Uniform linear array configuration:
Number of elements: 16
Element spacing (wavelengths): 1
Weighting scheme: binomial
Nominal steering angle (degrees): -15
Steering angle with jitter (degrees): -15.591
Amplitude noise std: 0.05
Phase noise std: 0.05

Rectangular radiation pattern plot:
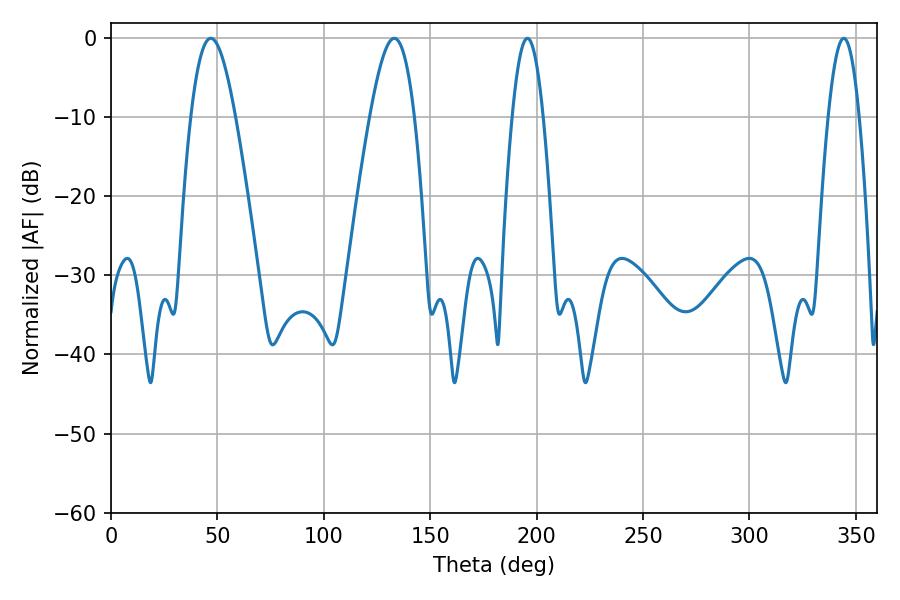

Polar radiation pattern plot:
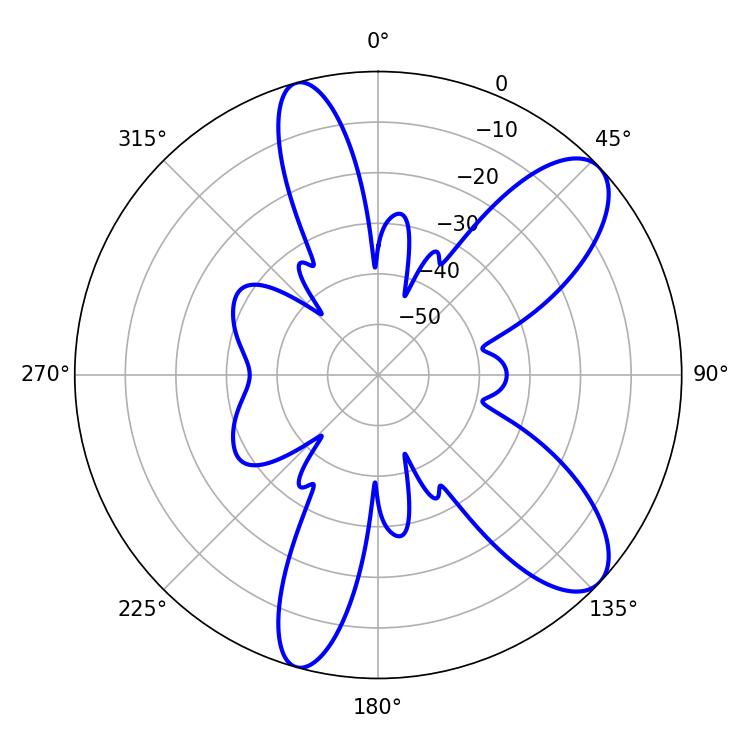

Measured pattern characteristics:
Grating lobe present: TRUE
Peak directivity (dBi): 9.328
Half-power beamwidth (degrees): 7.92
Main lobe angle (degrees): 195.66